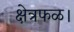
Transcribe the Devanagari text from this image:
क्षेत्रफळ।